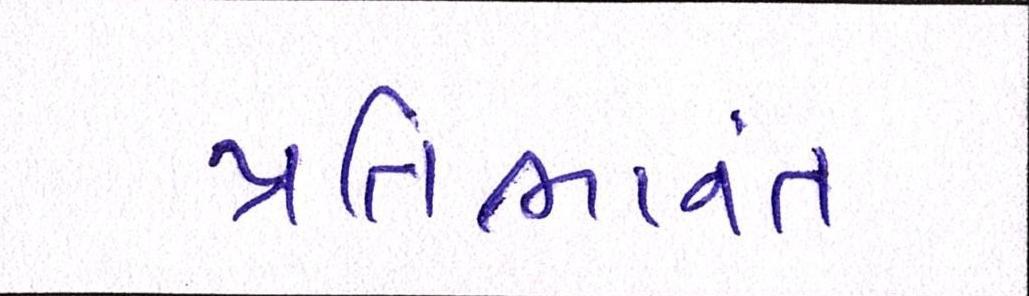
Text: પ્રતિભાવંત